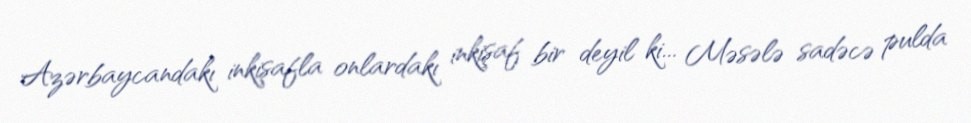
Azərbaycandakı inkişafla onlardakı inkişaf bir deyil ki... Məsələ sadəcə pulda